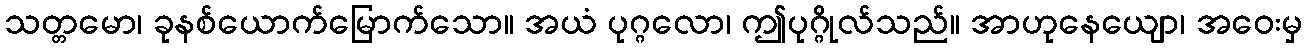
သတ္တမော၊ ခုနစ်ယောက်မြောက်သော။ အယံ ပုဂ္ဂလော၊ ဤပုဂ္ဂိုလ်သည်။ အာဟုနေယျော၊ အဝေးမှ